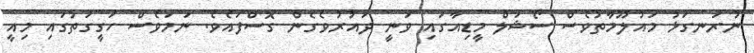
ނުރަނގަޅު މައުލޫމާތުވެސް ސޯޝަލް މީޑިއާގައި ވަނީ ދައުރުވެގެން ގޮސްފައެވެ. ނަމަވެސް ހަގީގަތުގައި މިއީ